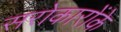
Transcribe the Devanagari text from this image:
सरोकारोंके